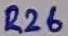
Text: R26